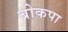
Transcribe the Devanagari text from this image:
ब्रोकपा